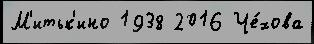
М'итьк'ино 1938 2016 Че́хова